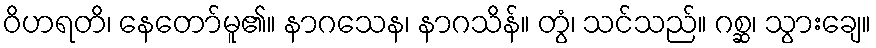
ဝိဟရတိ၊ နေတော်မူ၏။ နာဂသေန၊ နာဂသိန်။ တွံ၊ သင်သည်။ ဂစ္ဆ၊ သွားချေ။